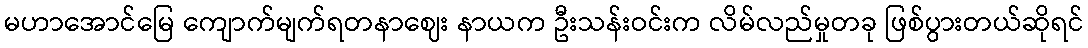
မဟာအောင်မြေ ကျောက်မျက်ရတနာဈေး နာယက ဦးသန်းဝင်းက လိမ်လည်မှုတခု ဖြစ်ပွားတယ်ဆိုရင်